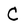
Character: C